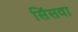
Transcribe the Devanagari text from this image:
सिंसवा